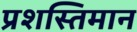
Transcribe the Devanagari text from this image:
प्रशस्तिमान